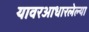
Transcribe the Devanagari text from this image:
यावरआधारलेल्या